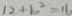
1 2 + b ^ { 2 } = 1 6